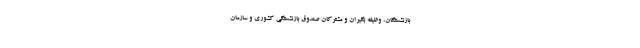
بازنشستگان، وظیفه بگیران و مشترکان صندوق بازنشستگی کشوری و سازمان